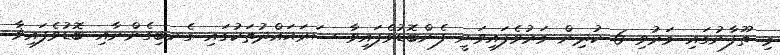
މި ތޫފާނުގައި މަރުވި 6 ކުދިން މަރުވެފައިވަނީ ފެންބޮޑުވެފައިވާ ސަރަޙައްދުތަކުގައި ގެނބިގެންނާއި ބޮޑުވެފައިޥާ